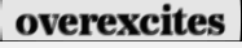
overexcites